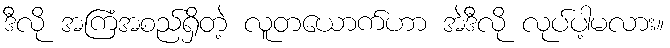
ဒီလို အကြံအစည်ရှိတဲ့ လူတယောက်ဟာ အဲဒီလို လုပ်ပါ့မလား။